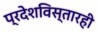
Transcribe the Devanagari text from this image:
प्रदेशविस्तारही